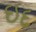
ઇદ